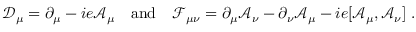
\mathcal { D } _ { \mu } = \partial _ { \mu } - i e \mathcal { A } _ { \mu } \quad \mathrm { a n d } \quad \mathcal { F } _ { \mu \nu } = \partial _ { \mu } \mathcal { A } _ { \nu } - \partial _ { \nu } \mathcal { A } _ { \mu } - i e [ \mathcal { A } _ { \mu } , \mathcal { A } _ { \nu } ] \; .